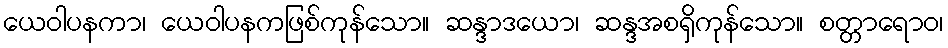
ယေဝါပနကာ၊ ယေဝါပနကဖြစ်ကုန်သော။ ဆန္ဒာဒယော၊ ဆန္ဒအစရှိကုန်သော။ စတ္တာရောဝ၊